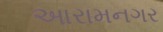
આરામનગર